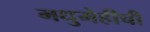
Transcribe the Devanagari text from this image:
मधुमेहीची